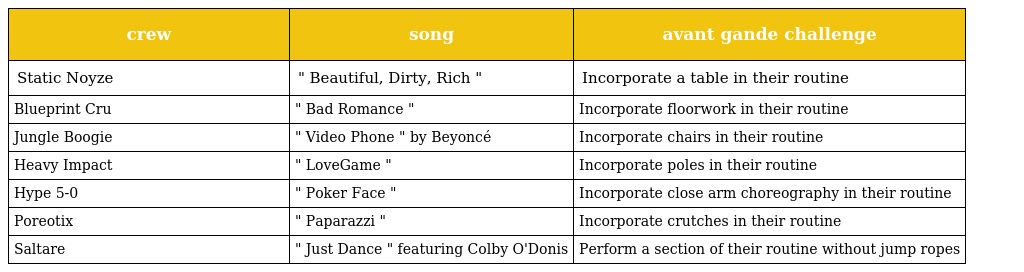
| crew | song | avant gande challenge |
 | --- | --- | --- |
 | Static Noyze | " Beautiful, Dirty, Rich " | Incorporate a table in their routine |
 | Blueprint Cru | " Bad Romance " | Incorporate floorwork in their routine |
 | Jungle Boogie | " Video Phone " by Beyoncé | Incorporate chairs in their routine |
 | Heavy Impact | " LoveGame " | Incorporate poles in their routine |
 | Hype 5-0 | " Poker Face " | Incorporate close arm choreography in their routine |
 | Poreotix | " Paparazzi " | Incorporate crutches in their routine |
 | Saltare | " Just Dance " featuring Colby O'Donis | Perform a section of their routine without jump ropes |